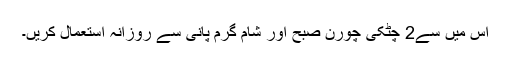
اس میں سے2 چٹکی چورن صبح اور شام گرم پانی سے روزانہ استعمال کریں۔